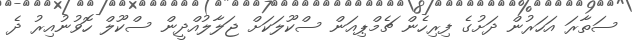
ސަތާރަ އަހަރުން ދަށުގެ ފިރިހެން ޗެމްޕިއަން ސްކޫލަކަށް ޖަލާލުއްދީން ސްކޫލް ހޮވުނުއިރު ދެ